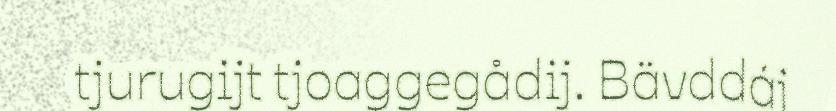
tjurugijt tjoaggegådij. Bävddáj